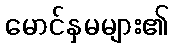
မောင်နှမများ၏